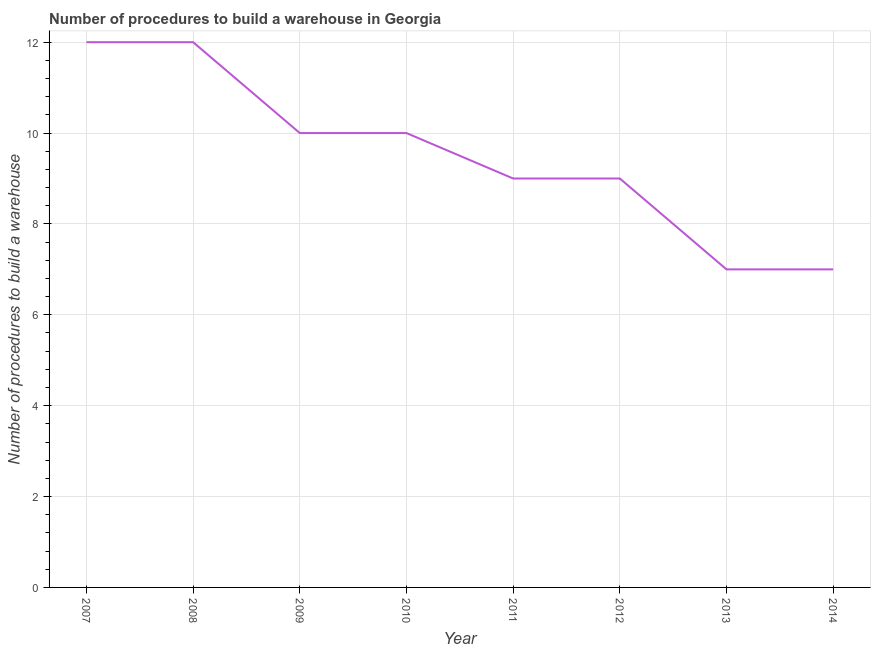
| Year | Build a warehouse |
 | --- | --- |
 | 2007 | 12 |
 | 2008 | 12 |
 | 2009 | 10 |
 | 2010 | 10 |
 | 2011 | 9 |
 | 2012 | 9 |
 | 2013 | 7 |
 | 2014 | 7 |